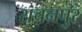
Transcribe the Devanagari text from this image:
राचनपुर